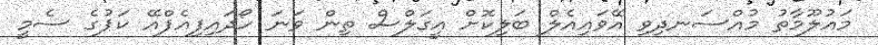
މައުލޫމާތު މުއްސަނދިވި އޭވައިއެލް ބަލިކޮށް އީގަލްސް ތިން ވަނަ ހޯދައިފިއެފްއޭ ކަޕުގެ ސެމީ